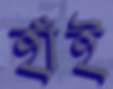
হাঁই